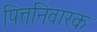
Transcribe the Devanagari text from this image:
पित्तनिवारक